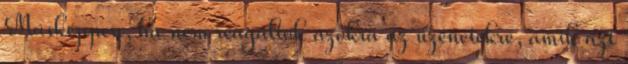
Másképpen, ha nem reagáltok azokra az üzenetekre, amik azt